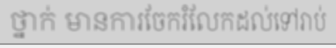
ថ្នាក់ មានការចែករំលែកដល់ទៅរាប់